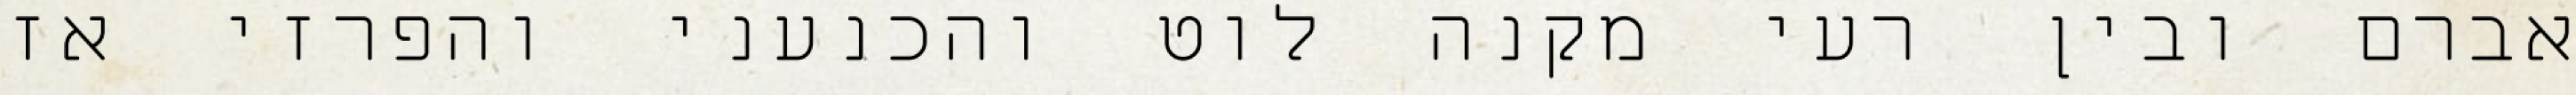
אברם ובין רעי מקנה לוט והכנעני והפרזי אז